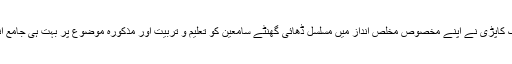
ماہر تعلیم جناب مبارک کاپڑی نے اپنے مخصوص مخلص انداز میں مسلسل ڈھائی گھنٹے سامعین کو تعلیم و تربیت اور مذکورہ موضوع پر بہت ہی جامع انداز میں اپنی بات کہی۔